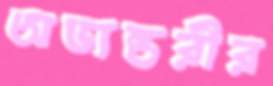
অভ্যন্তরীর